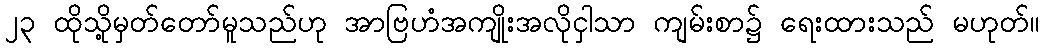
၂၃ ထိုသို့မှတ်တော်မူသည်ဟု အာဗြဟံအကျိုးအလိုငှါသာ ကျမ်းစာ၌ ရေးထားသည် မဟုတ်။